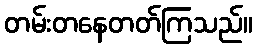
တမ်းတနေတတ်ကြသည်။